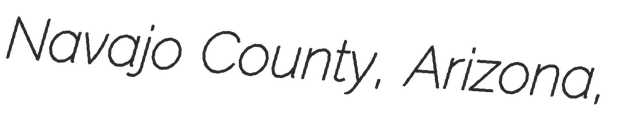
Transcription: Navajo County, Arizona,